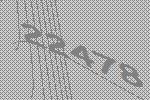
22478